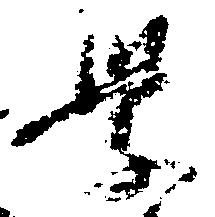
学